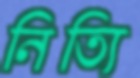
নিত্যি